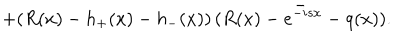
LaTeX: + ( R ( x ) - h _ { + } ( x ) - h _ { - } ( x ) ) \, \bar { ( R ( x ) - e ^ { - i s x } - q ( x ) ) } .